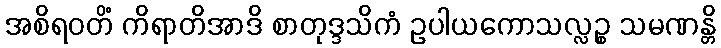
အစိရဝတိံ ကိရာတိအာဒိ စာတုဒ္ဒသိကံ ဥပါယကောသလ္လဉ္စ သမဏန္တိ